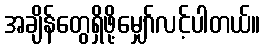
အချိန်တွေရှိဖို့မျှော်လင့်ပါတယ်။